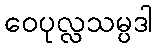
ဝေပုလ္လသမ္ပဒါ